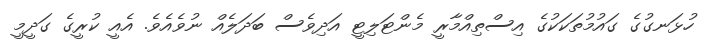
ހުޅަނގުގެ ގައުމުތަކަކުގެ އިސްތިއްމާރީ މެންޓަލިޓީ އަދިވެސް ބަދަލެއް ނުވެއެވެ. އެއީ ކުރީގެ ގަދީމީ